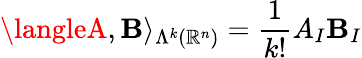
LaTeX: \langleA,\mathbf{B}\rangle_{\Lambda^{k}(\mathbb{{R}}^{n})}=\frac{{1}}{{k!}}A_{I}\mathbf{B}_{I}